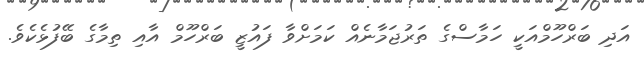
އަދި ބަރްހޫމްއަކީ ހަމާސްގެ ތަރުޖަމާނެއް ކަމަށްވާ ފައުޒީ ބަރްހޫމް އާއި ތިމާގެ ބޭފުޅެކެވެ.